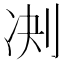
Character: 𪟅